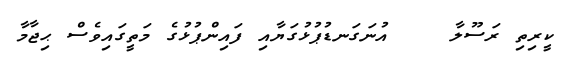
ކީރިތި ރަސޫލާ    އުނަގަނޑުޕުޅުގަޔާއި ފައިންޕުޅުގެ މަތީގައިވެސް ޙިޖާމާ